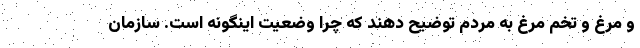
و مرغ و تخم مرغ به مردم توضیح دهند که چرا وضعیت اینگونه است. سازمان